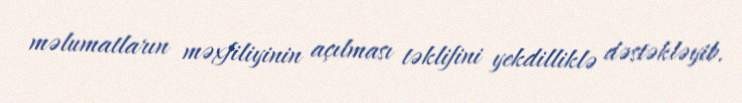
məlumatların məxfiliyinin açılması təklifini yekdilliklə dəstəkləyib.